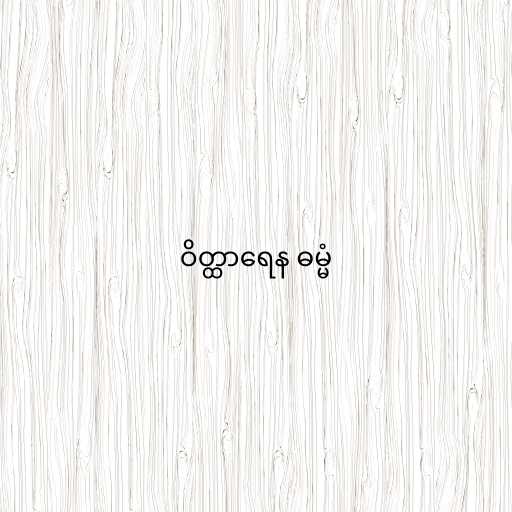
ဝိတ္ထာရေန ဓမ္မံ